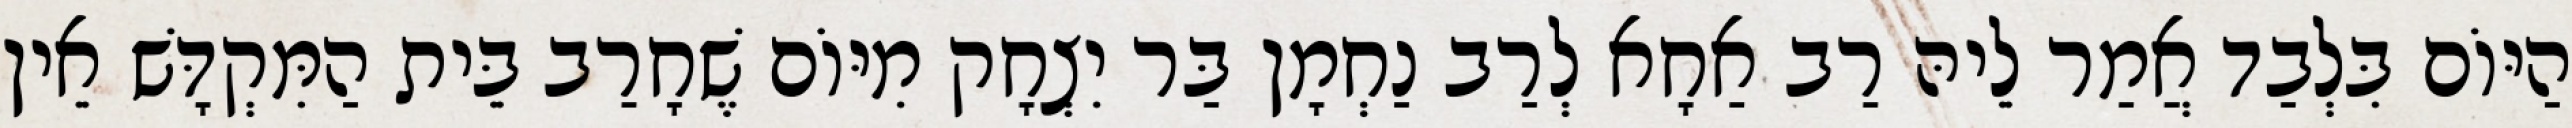
הַיּוֹם בִּלְבַד אֲמַר לֵיהּ רַב אַחָא לְרַב נַחְמָן בַּר יִצְחָק מִיּוֹם שֶׁחָרַב בֵּית הַמִּקְדָּשׁ אֵין